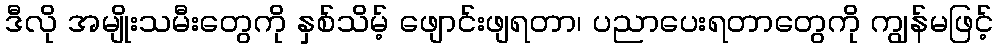
ဒီလို အမျိုးသမီးတွေကို နှစ်သိမ့် ဖျောင်းဖျရတာ၊ ပညာပေးရတာတွေကို ကျွန်မဖြင့်